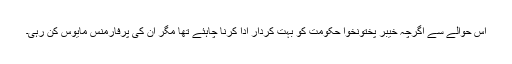
اس حوالے سے اگرچہ خیبر پختونخوا حکومت کو بہت کردار ادا کرنا چاہئے تھا مگر ان کی پرفارمنس مایوس کن رہی۔